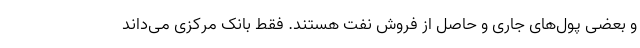
و بعضی پول‌های جاری و حاصل از فروش نفت هستند. فقط بانک مرکزی می‌داند